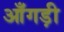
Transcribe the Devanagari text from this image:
आँगड़ी